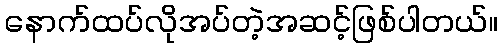
နောက်ထပ်လိုအပ်တဲ့အဆင့်ဖြစ်ပါတယ်။